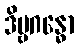
ဒိဗ္ဗဂန္ဓော